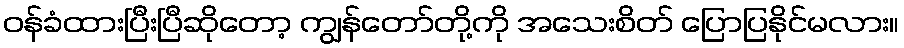
ဝန်ခံထားပြီးပြီဆိုတော့ ကျွန်တော်တို့ကို အသေးစိတ် ပြောပြနိုင်မလား။